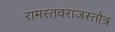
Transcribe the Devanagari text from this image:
रामस्तवराजस्तोत्र